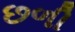
છળી